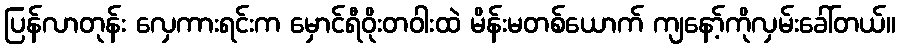
ပြန်လာတုန်း လှေကားရင်းက မှောင်ရီဝိုးတဝါးထဲ မိန်းမတစ်ယောက် ကျနော့်ကိုလှမ်းခေါ်တယ်။